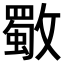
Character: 𣀈